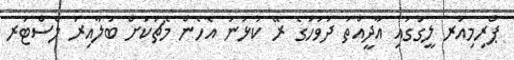
ޕްރިމިއަރ ލީގުގައި އާދީއްތަ ދުވަހުގެ ރޭ ކުޅުނު އެހެން މެޗަކަށް ބަލާއިރު ލެސްޓަރ